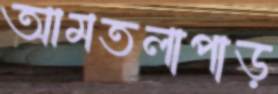
আমতলাপাড়